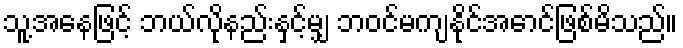
သူ့အနေဖြင့် ဘယ်လိုနည်းနှင့်မျှ ဘဝင်မကျနိုင်အောင်ဖြစ်မိသည်။